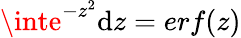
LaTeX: \inte^{-z^{2}}\mathrm{d}z=erf(z)